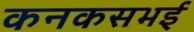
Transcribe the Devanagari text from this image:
कनकसभई